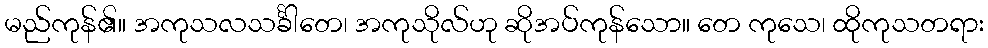
မည်ကုန်၏။ အကုသလသင်္ခါတေ၊ အကုသိုလ်ဟု ဆိုအပ်ကုန်သော။ တေ ကုသေ၊ ထိုကုသတရား